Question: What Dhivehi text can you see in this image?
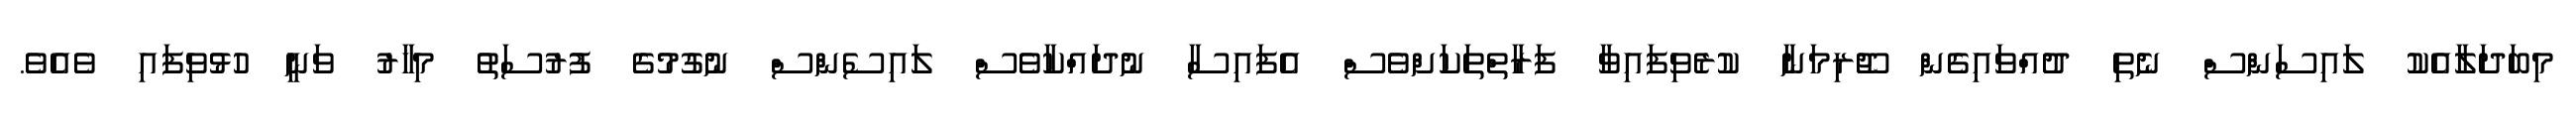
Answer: މިބަދަލާއެކު ލައިސަންސް ނެތި ދުއްވައިގެން ޖޫރިމަނާ ކުރެވިފައިވާ ފަރާތްތަކަށްވެސް އެފައިސާ ނުދައްކާވެސް ލައިސެންސް ނުގުމުގެ ފުރުސަތު މިހާރު ވަނީ ހުޅުވިފައި ވެއެވެ.